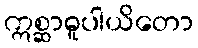
ဣစ္ဆာဓူပါယိတော